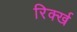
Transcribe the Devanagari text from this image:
रिर्क्ख